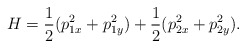
\begin{align*}H=\frac{1}{2}(p_{1x}^2+p_{1y}^2)+\frac{1}{2}(p_{2x}^2+p_{2y}^2).\end{align*}